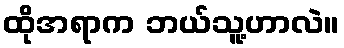
ထိုအရာက ဘယ်သူ့ဟာလဲ။